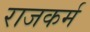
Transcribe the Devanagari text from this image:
राजकर्म